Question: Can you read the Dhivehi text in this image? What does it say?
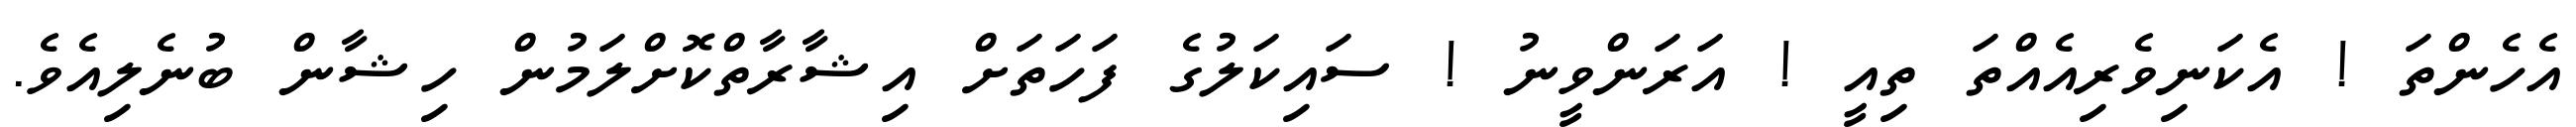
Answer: އެހެންތަ ! އެކަނިވެރިއެއްތަ ތިއީ ! އަރަންވީނު ! ސައިކަލުގެ ފަހަތަށް އިޝާރާތްކޮށްލަމުން ހިޝާން ބުނެލިއެވެ.